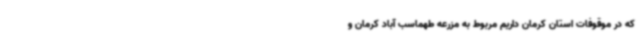
که در موقوفات استان کرمان داریم مربوط به مزرعه طهماسب آباد کرمان و